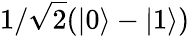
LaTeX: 1/\sqrt{2}(|0\rangle-|1\rangle)